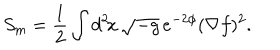
LaTeX: S _ { \mathrm { m } } = \frac { 1 } { 2 } \int d ^ { 2 } \! x \, \sqrt { - g } \, e ^ { - 2 \phi } ( \nabla f ) ^ { 2 } .